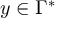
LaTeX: y \in \Gamma ^ { * }